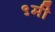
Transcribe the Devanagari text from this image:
९मी